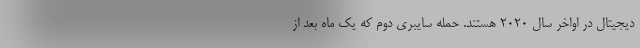
دیجیتال در اواخر سال 2020 هستند. حمله سایبری دوم که یک ماه بعد از